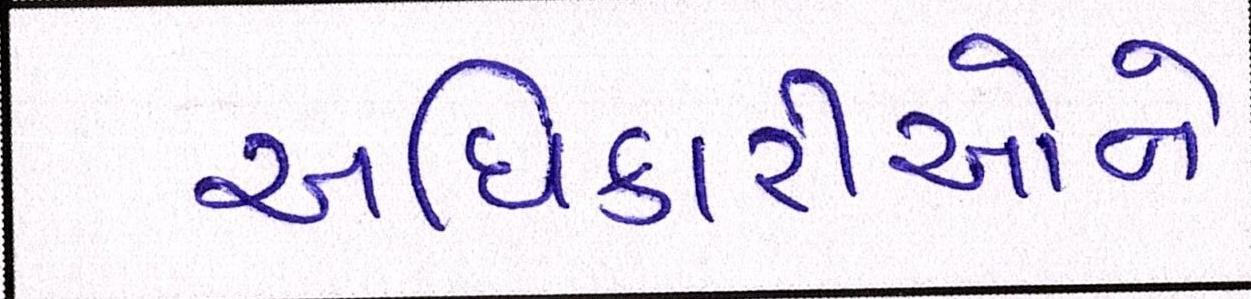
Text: અધિકારીઓને